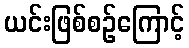
ယင်းဖြစ်စဉ်ကြောင့်